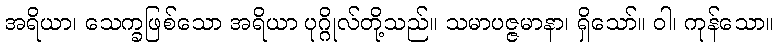
အရိယာ၊ သေက္ခဖြစ်သော အရိယာ ပုဂ္ဂိုလ်တို့သည်။ သမာပဇ္ဇမာနာ၊ ရှိသော်။ ဝါ၊ ကုန်သော။